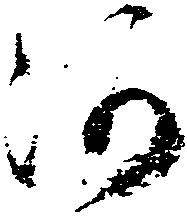
河